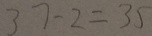
3 7 - 2 = 3 5